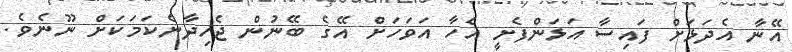
އޭނާ އެދަޅަށް ފައިސާ އަޅަންފެށީ އެހާ އަވަހަށް އޭގެ ބޭނުން ޖެހިދާނެކަމަކަށް ނޫނެވެ.